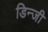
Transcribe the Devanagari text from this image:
डिन्जी